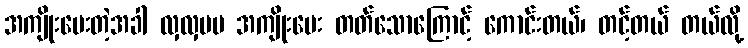
အကျိုးပေးတဲ့အခါ လှလှပပ အကျိုးပေး တတ်သောကြောင့် ကောင်းတယ်၊ တင့်တယ် တယ်လို့